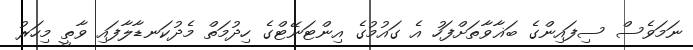
ނަމަވެސް ސިފައިންގެ ބަޣާވާތަށްފަހު އެ ގައުމުގެ އިންޓަނޭޓްގެ ހިދުމަތް މެދުކަނޑާލާފައި ވާތީ މިހަރު